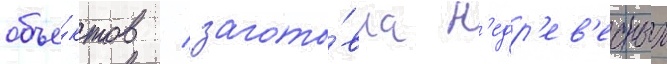
объе́ктов / загото́вка н'едр'ев'есных